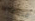
عجلات